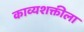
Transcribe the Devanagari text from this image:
काव्यशक्तीला